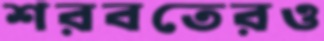
শরবতেরও